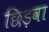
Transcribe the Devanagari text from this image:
छिड़वा